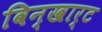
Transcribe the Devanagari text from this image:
विन्खार्ट